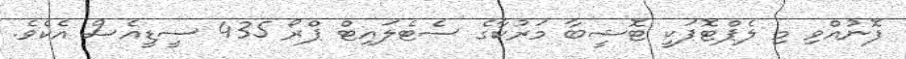
ފޮނުއްވި މި ލެޕްޓޮޕަކީ ޓޮޝީބާ މަރުކާގެ ސެޓެލައިޓް ޕްރޯ 435 ސީޑީއެސް އެކެެވެެ.